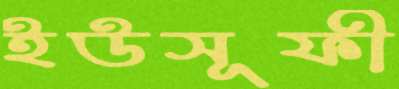
ইউসূফী